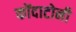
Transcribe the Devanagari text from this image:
कोंदाटोनी